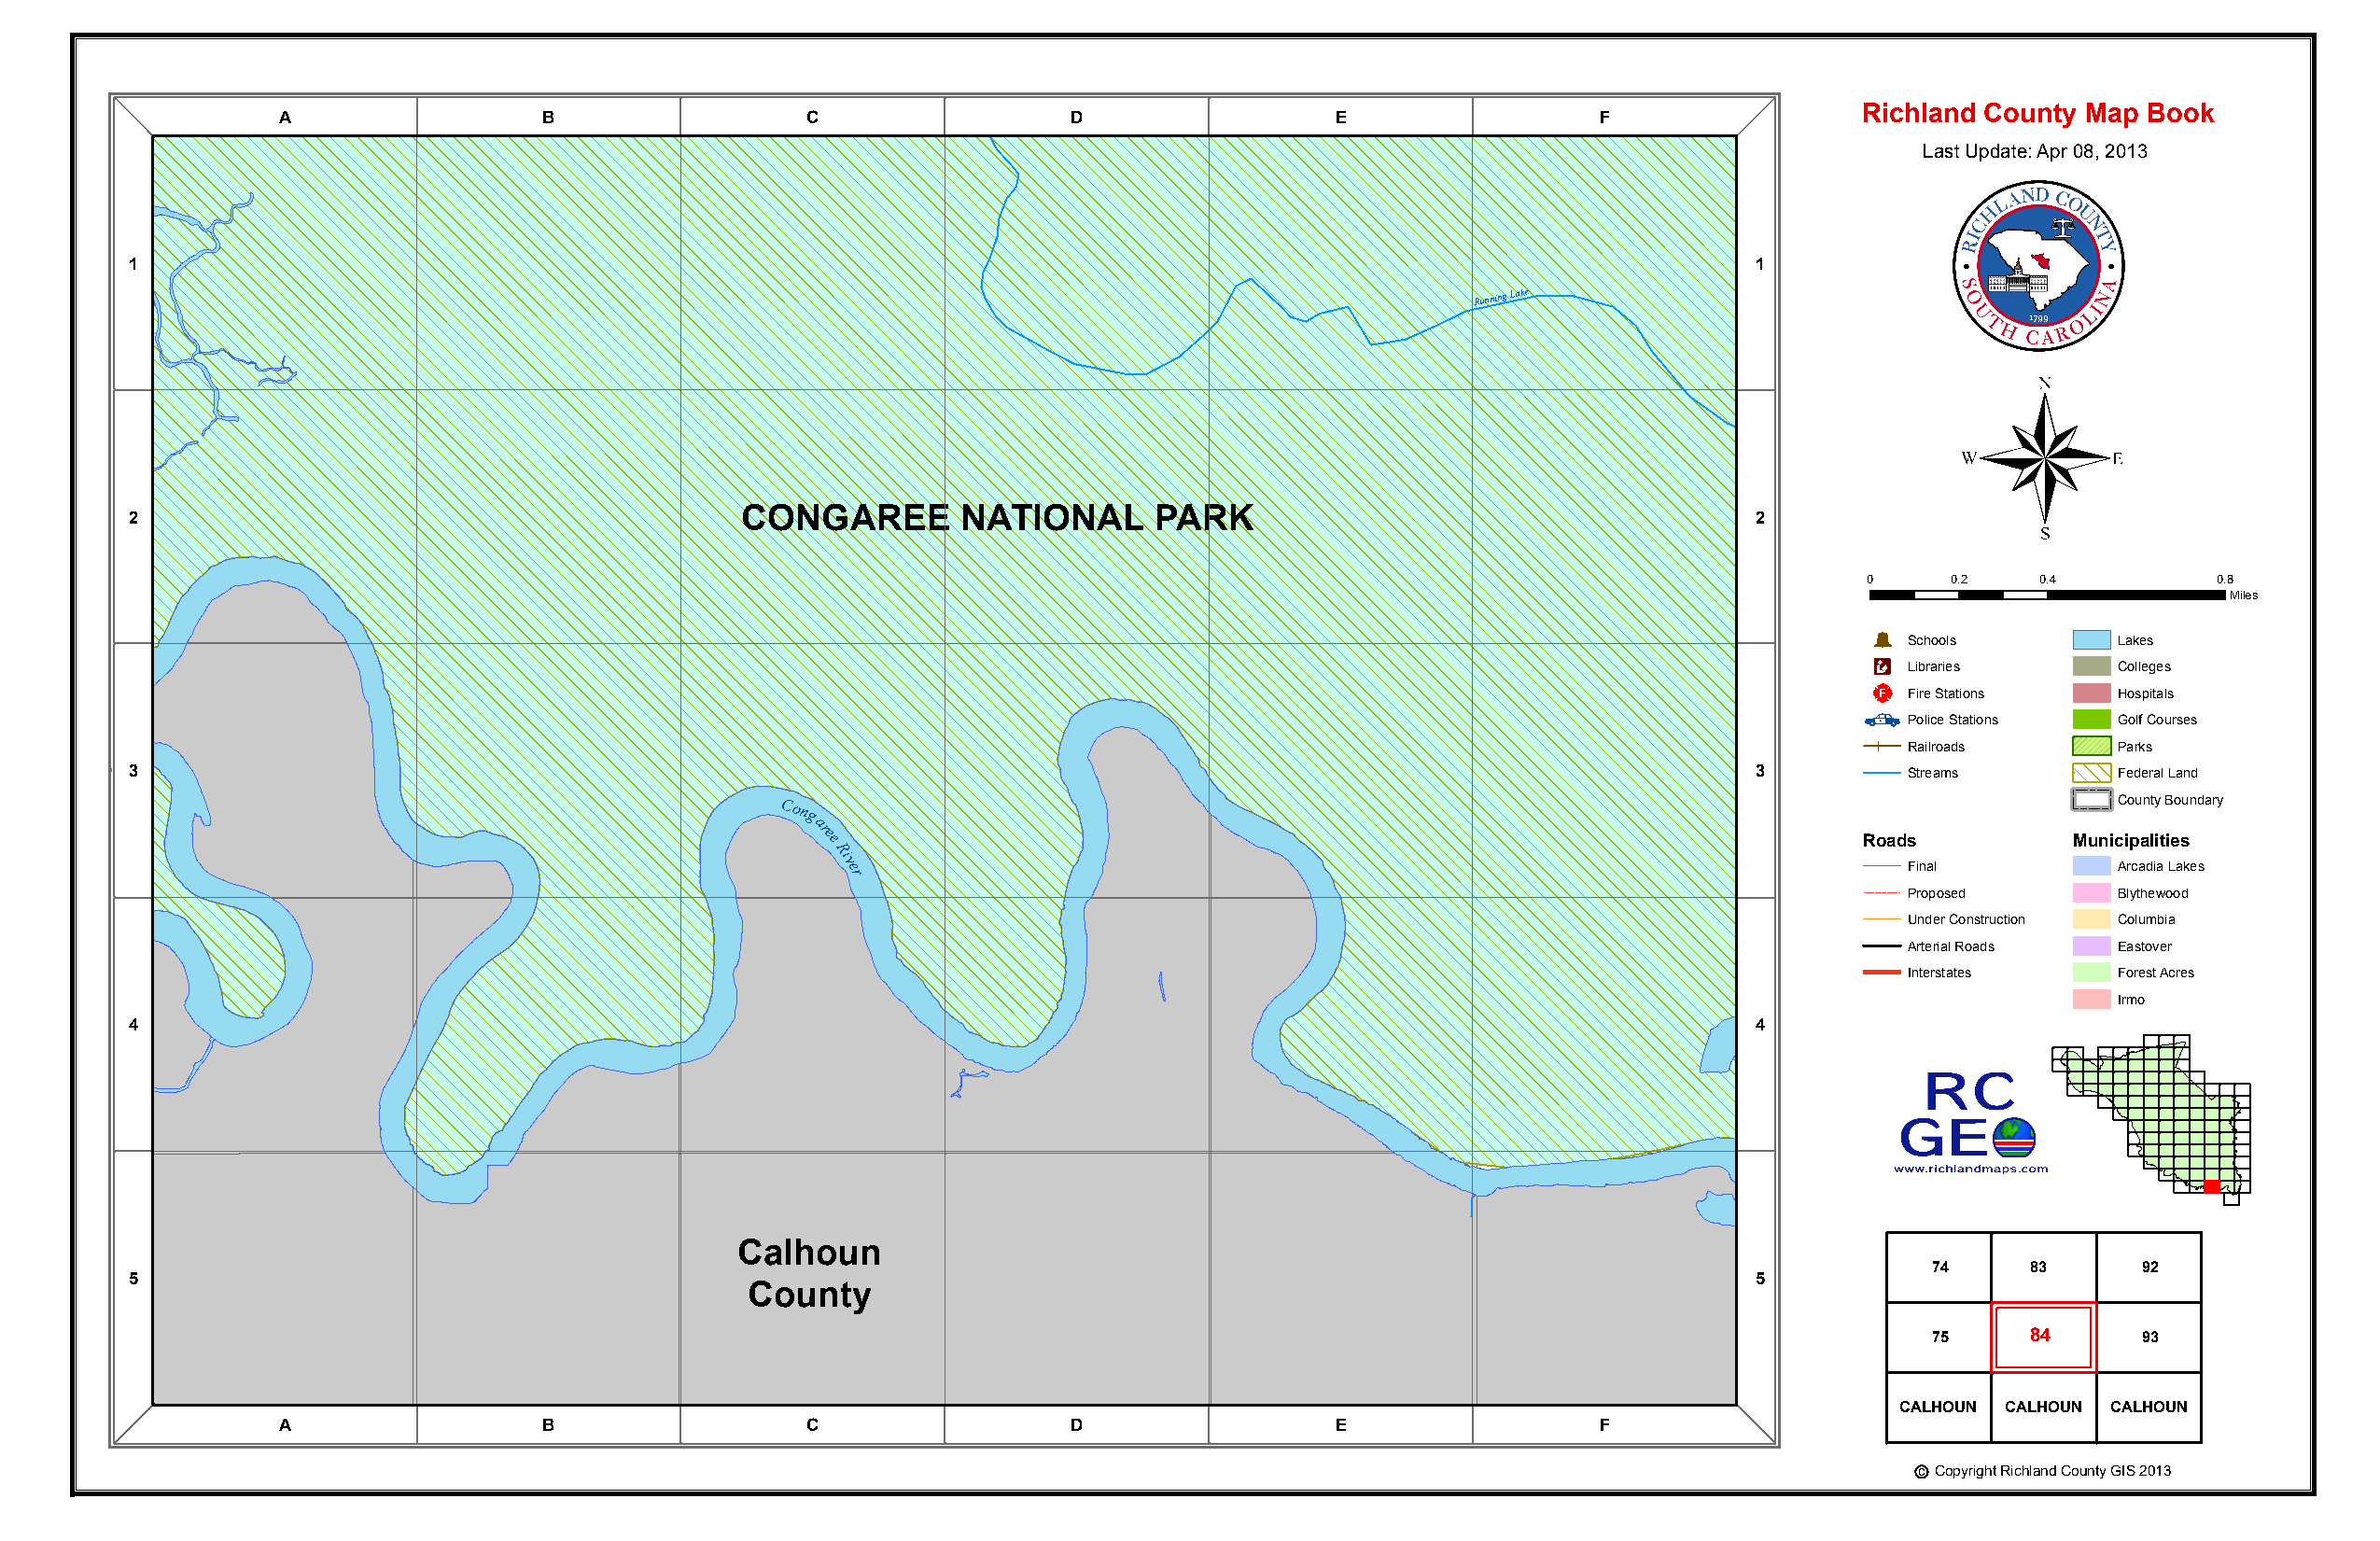
Richland County Map Book
 A                 B                  C                  D                  E                 F
 Last Update: Apr 08, 2013
 1                                                                                                                   1
 Running Lake
 ®
 Running Lake
 2                                           CONGAREE       NATIONAL      PARK                                       2
 0     0.2    0.4         0.8
 Miles
 Þ
 Schools        Lakes
 Æc
 Libraries      Colleges
 _¨
 Fire Stations  Hospitals
 CONGAREE
 Police Stations Golf Courses
 NATIORaiNlroadAs L PARK Parks
 3                                                                                                                   3         Streams        Federal Land
 County Boundary
 Cong
 aree
 Roads          Municipalities
 Ri
 v er                                                                        Final          Arcadia Lakes
 Proposed       Blythewood
 Under Construction Columbia
 Arterial Roads Eastover
 Interstates    Forest Acres
 Irmo
 4                                                                                                                   4
 Calhoun
 74     83      92
 5                                                                                                                   5
 County
 75     84      93
 CALHOUN CALHOUN CALHOUN
 A                 B                  C                  D                  E                 F
 c Copyright Richland County GIS 2013